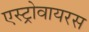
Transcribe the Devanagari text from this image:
एस्ट्रोवायरस